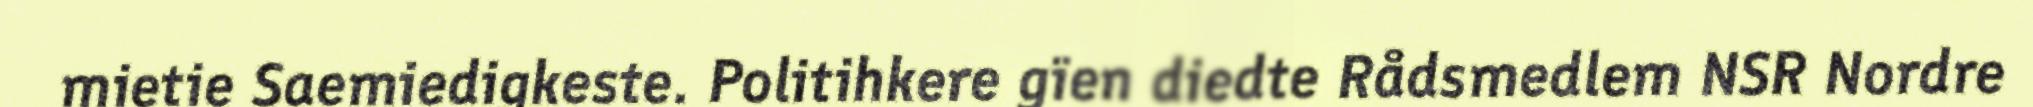
mietie Saemiedigkeste. Politihkere gïen diedte Rådsmedlem NSR Nordre